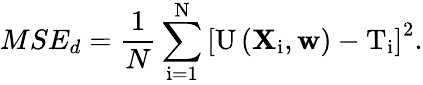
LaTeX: MSE_{d}=\frac{1}{N}\sum_{\mathrm{i}=1}^{\mathrm{N}}\left[\mathrm{U}\left(\mathbf{X}_{\mathrm{i}},\mathbf{w}\right)-\mathrm{T}_{\mathrm{i}}\right]^{2}.